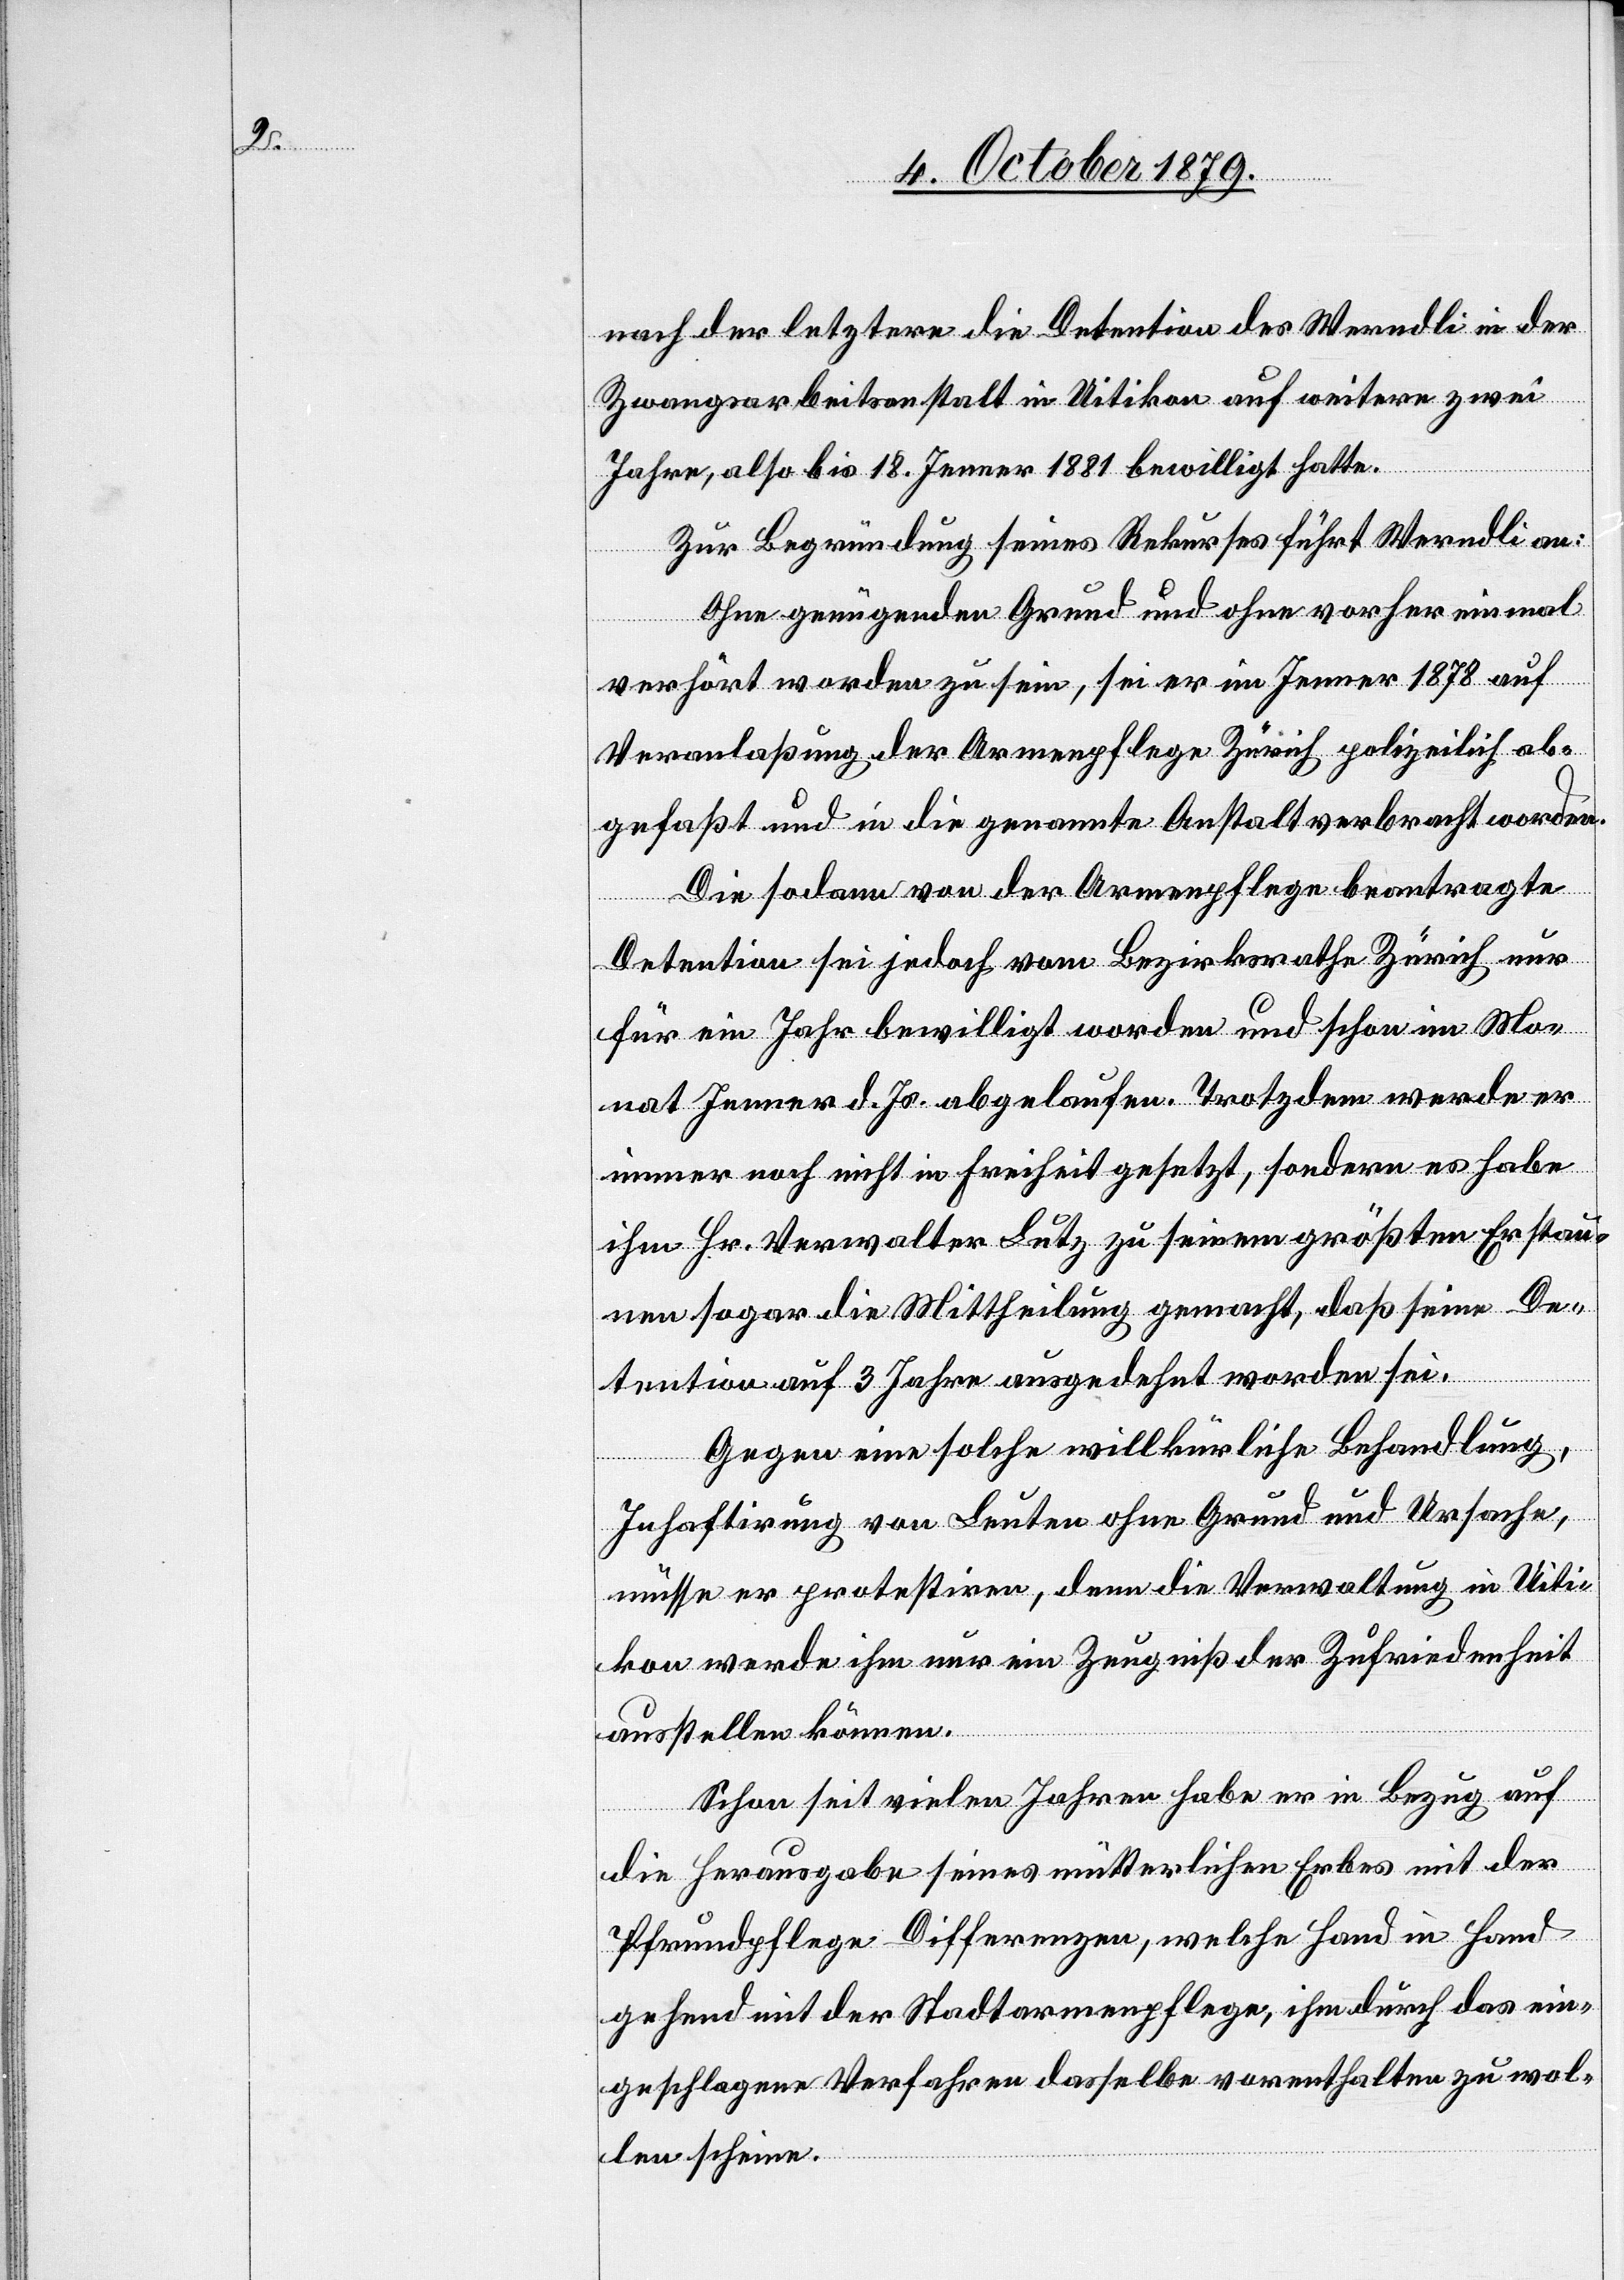
nach der letztere die Detention des Werndli in der
Zwangsarbeitsanstalt in Uitikon auf weitere zwei
Jahre, also bis 18. Jenner 1881 bewilligt hatte.
Zur Begründung seines Rekurses führt Werndli an:
Ohne genügenden Grund und ohne vorher einmal
verhört worden zu sein, sei er im Jenner 1878 auf
Veranlaßung der Armenpflege Zürich polizeilich ab¬
gefaßt und in die genannte Anstalt verbracht worden.
Die sodann von der Armenpflege beantragte
Detention sei jedoch vom Bezirksrath Zürich nur
für ein Jahr bewilligt worden und schon im Mo¬
nat Jenner d. Js. abgelaufen. Trotzdem werde er
immer noch nicht in Freiheit gesetzt, sondern es habe
ihm Hr. Verwalter Lutz zu seinem größten Erstau¬
nen sogar die Mittheilung gemacht, daß seine De¬
tention auf 3 Jahre ausgedehnt worden sei.
Gegen eine solche willkürliche Behandlung,
Inhaftirung von Leuten ohne Grund und Ursache,
müsse er protestiren, denn die Verwaltung in Uiti¬
kon werde ihm nur ein Zeugniß der Zufriedenheit
ausstellen können.
Schon seit vielen Jahren habe er in Bezug auf
die Herausgabe seines mütterlichen Erbes mit der
Pfrundpflege Differenzen, welche Hand in Hand
gehend mit der Stadtarmenpflege, ihm durch ein¬
geschlagene Verfahren dasselbe vorenthalten zu wol¬
len scheine.